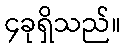
၄ခုရှိသည်။